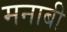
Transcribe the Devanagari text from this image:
मनाबी